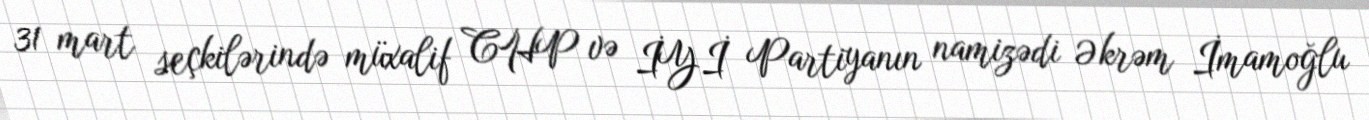
31 mart seçkilərində müxalif CHP və İYİ Partiyanın namizədi Əkrəm İmamoğlu